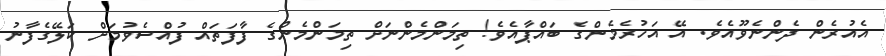
އެއުރެން ދެންނެވޫއެވެ. އޭ އަހުރެމެންގެ ބައްޕާއެވެ! ތިމަންމެންނަށް ތިމަންމެންގެ ފާފަތައް ފުއްސެވުމަށް ކަލޭގެފާނު